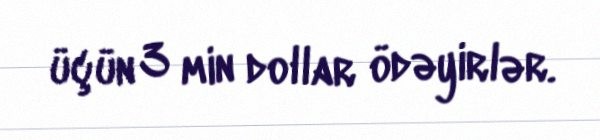
üçün 3 min dollar ödəyirlər.